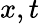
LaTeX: x,t